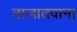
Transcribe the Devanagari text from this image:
ताजातवाना